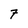
Character: 7